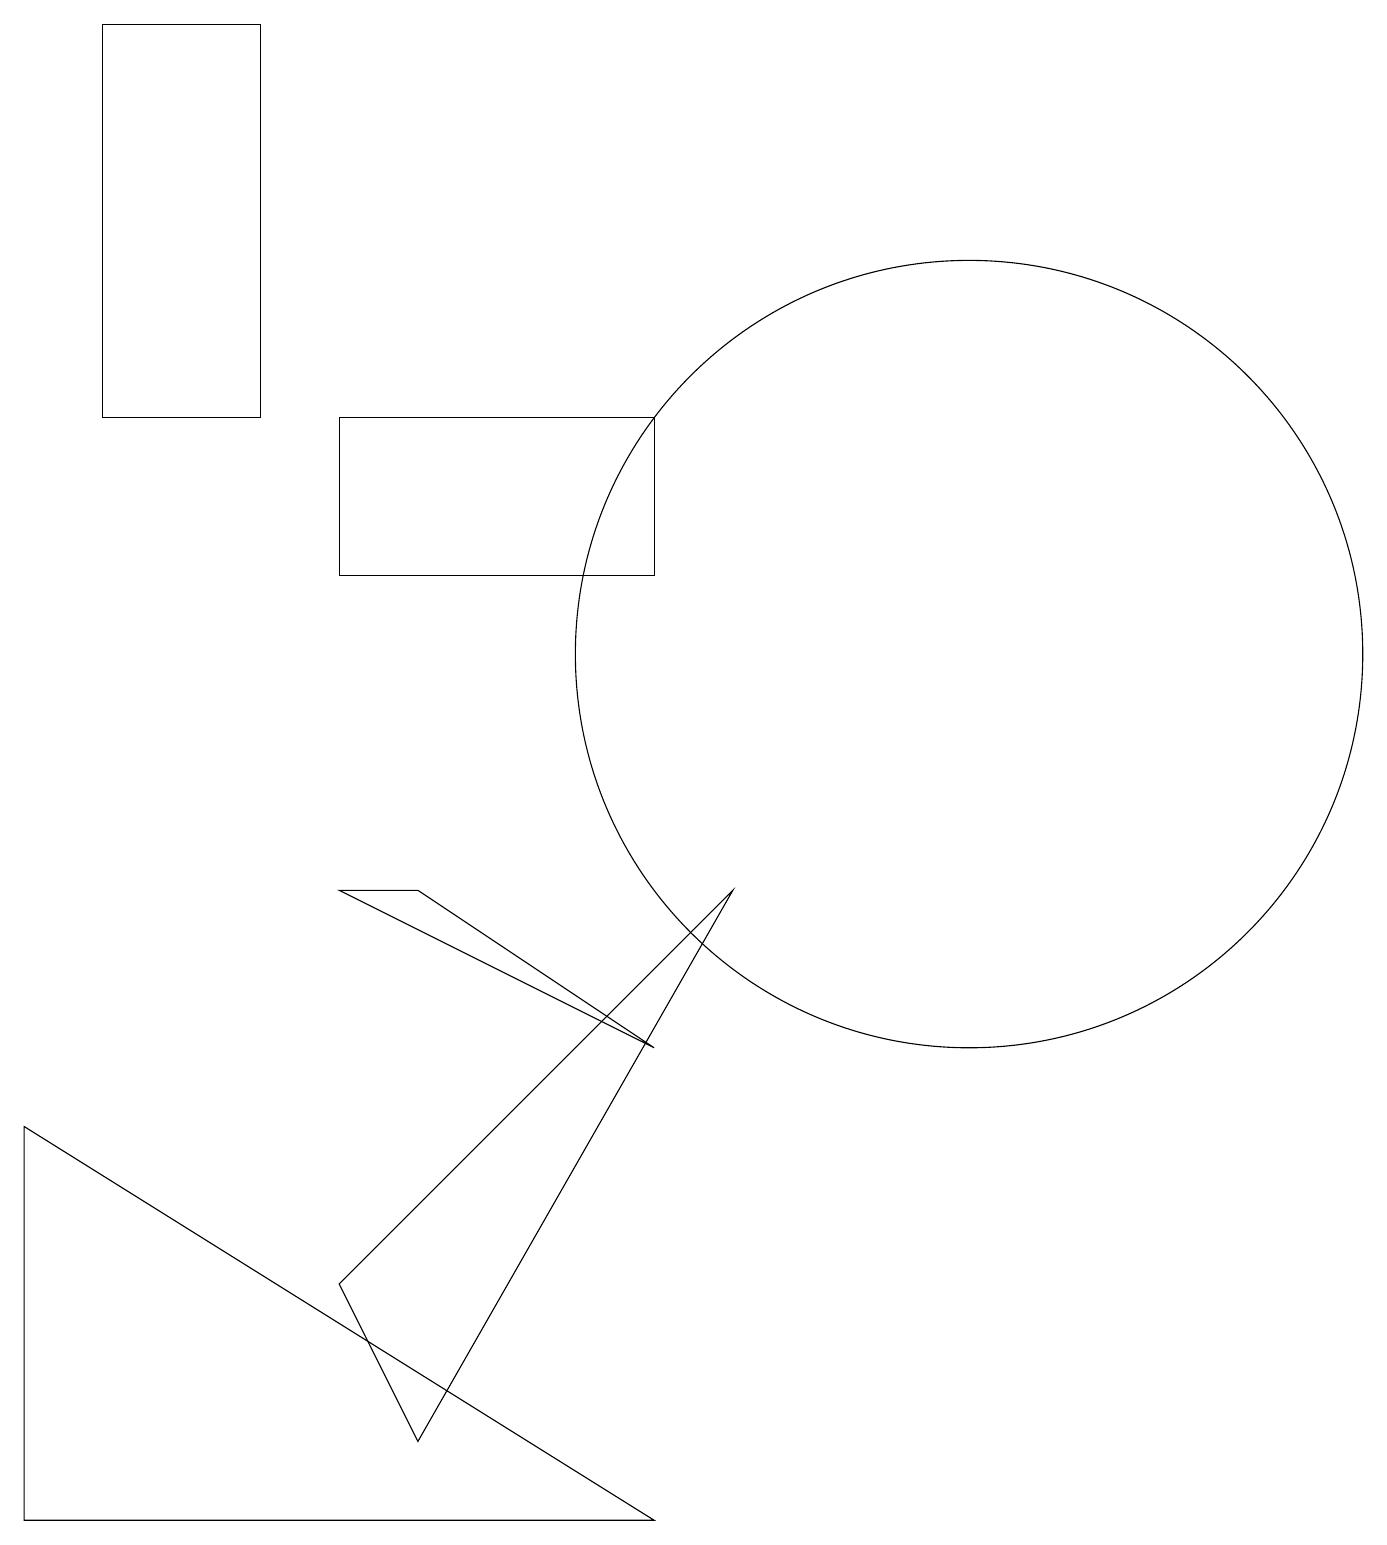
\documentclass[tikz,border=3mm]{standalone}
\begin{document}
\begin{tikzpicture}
\draw (4,14) rectangle (8,12);
\draw (12,11) circle (5);
\draw (1,19) rectangle (3,14);
\draw (0,5) -- (8,0) -- (0,0) -- cycle;
\draw (12,11) circle (0);
\draw (9,8) -- (4,3) -- (5,1) -- cycle;
\draw (8,6) -- (5,8) -- (4,8) -- cycle;
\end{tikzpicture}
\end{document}